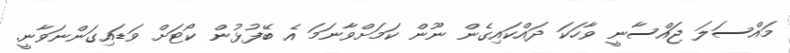
މައްސަލަ ޖައްސާނީ ވާހަކަ ދައްކައިގެން ނޫން ކަމަށްވާނަމަ އެ ބޭފުޅުން ކޯޓަށް ވަޑައިގަންނަވާނީ.